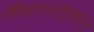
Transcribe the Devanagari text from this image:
शिवराजभूषणास